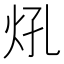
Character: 𤆺